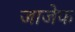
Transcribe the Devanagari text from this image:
जाजेफ